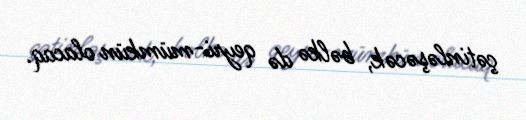
çətinləşəcək, bəlkə də qeyri-mümkün olacaq.